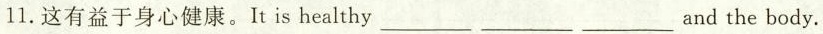
11.这有益于身心健康.It is healthy_________ _________ _________and the body.